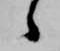
候